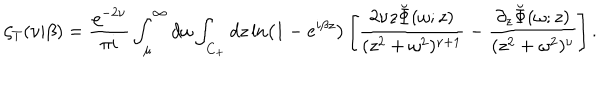
LaTeX: \zeta _ { T } ( \nu | \beta ) = { \frac { \varrho ^ { - 2 \nu } } { \pi i } } \int _ { \mu } ^ { \infty } d \omega \int _ { C _ { + } } d z \ln \left( 1 - e ^ { i \beta z } \right) \left[ { \frac { 2 \nu z \breve { \Phi } ( \omega ; z ) } { ( z ^ { 2 } + \omega ^ { 2 } ) ^ { \nu + 1 } } } - { \frac { \partial _ { z } \breve { \Phi } ( \omega ; z ) } { ( z ^ { 2 } + \omega ^ { 2 } ) ^ { \nu } } } \right] .